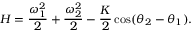
H = \frac { \omega _ { 1 } ^ { 2 } } { 2 } + \frac { \omega _ { 2 } ^ { 2 } } { 2 } - \frac { K } { 2 } \cos ( \theta _ { 2 } - \theta _ { 1 } ) .